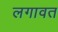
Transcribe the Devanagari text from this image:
लगावत